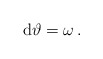
\begin{align*}{\rm d}\vartheta=\omega\, .\end{align*}